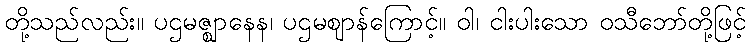
တို့သည်လည်း။ ပဌမဇ္ဈာနေန၊ ပဌမဈာန်ကြောင့်။ ဝါ၊ ငါးပါးသော ဝသီဘော်တို့ဖြင့်